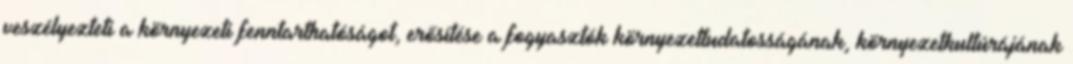
veszélyezteti a környezeti fenntarthatóságot, erősítése a fogyasztók környezettudatosságának, környezetkultúrájának